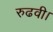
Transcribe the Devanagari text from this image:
रुढवी।